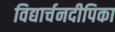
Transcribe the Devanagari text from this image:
विद्यार्चनदीपिका